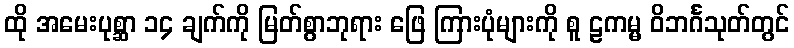
ထို အမေးပုစ္ဆာ ၁၄ ချက်ကို မြတ်စွာဘုရား ဖြေ ကြားပုံများကို စူ ဠကမ္မ ဝိဘင်္ဂသုတ်တွင်